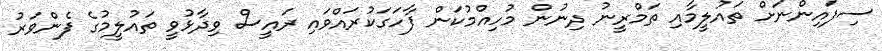
ސިފައިންނަށް ތައުލީމާއި ތަމްރީނު ދިނުން މުހިއްމުކަން ފާހަގަކުރައްވައި ރައީސް ވިދާޅުވީ ތައުލީމުގެ ފެންވަރު